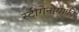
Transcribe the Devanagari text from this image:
स्टीगेनोग्राफ़ी